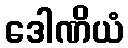
ဒေါဏိယံ